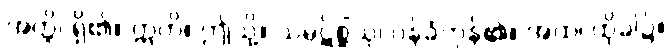
အတ္ထိ၊ ရှိ၏။ ဣတိ။ ဤသို့။ သမ္ပဋိစ္ဆိံသု၊ ဝန်ခံကုန်၏။ အထ၊ ထိုခါ၌။